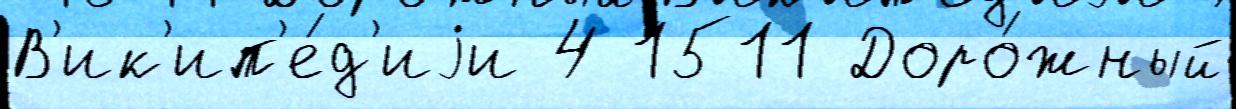
В'ик'ип'е́д'иjи 4 1511 Доро́жный